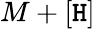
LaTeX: M+[\mathtt{H}]